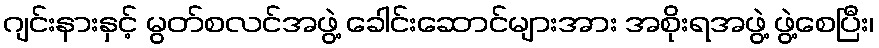
ဂျင်းနားနှင့် မွတ်စလင်အဖွဲ့ ခေါင်းဆောင်များအား အစိုးရအဖွဲ့ ဖွဲ့စေပြီး၊